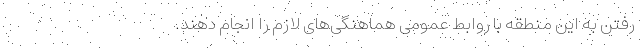
رفتن به این منطقه با روابط عمومی هماهنگی‌های لازم را انجام دهند.